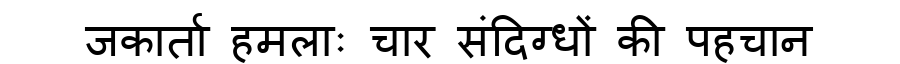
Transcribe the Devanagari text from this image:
जकार्ता हमलाः चार संदिग्धों की पहचान